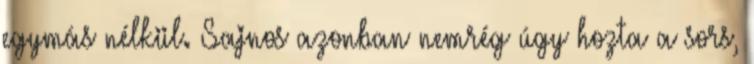
egymás nélkül. Sajnos azonban nemrég úgy hozta a sors,